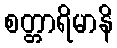
စတ္တာရိမာနိ